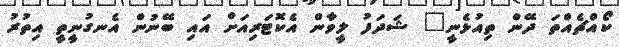
ކޯއްޗެއްތަ ދޭން ތިއުޅެނީ" ޝަދަފު ލީވާން އެކޮޓަރިއަށް އައި ބޭނުން އެނގުނީތީ އިތުރު